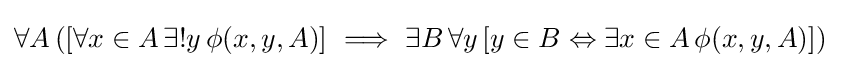
{\begin{aligned}\forall A\,([\forall x\in A&\,\exists !y\,\phi (x,y,A)]\ \Longrightarrow \ \exists B\,\forall y\,[y\in B\Leftrightarrow \exists x\in A\,\phi (x,y,A)])\end{aligned}}